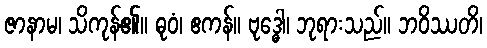
ဇာနာမ၊ သိကုန်၏။ ဓုဝံ၊ ဧကန်။ ဗုဒ္ဓေါ၊ ဘုရားသည်။ ဘဝိဿတိ၊